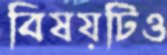
বিষয়টিও